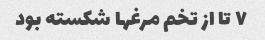
۷ تا از تخم مرغها شکسته بود